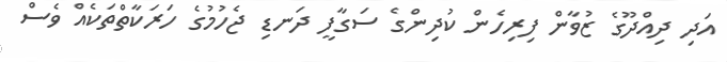
އަދި ދިއްދޫގެ ޒުވާން ފިރިހެން ކުދިންގެ ސަގާފީ ދަނޑި ޖެހުމުގެ ހަރަކާތްތަކެއް ވެސް